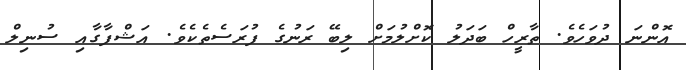
އޮންނަ ދުވަހެވެ. ތާރީހް ބަދަލު ކޮށްލުމަށް ލިބޭ ރަނުގެ ފުރަސެތެކެވެ. އަޝްފާގާއި ސުނިލް